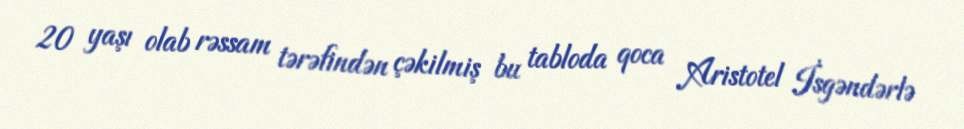
20 yaşı olab rəssam tərəfindən çəkilmiş bu tabloda qoca Aristotel İsgəndərlə